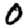
Digit: 0